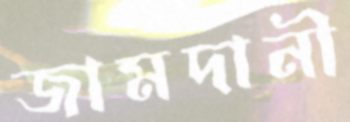
জামদানী